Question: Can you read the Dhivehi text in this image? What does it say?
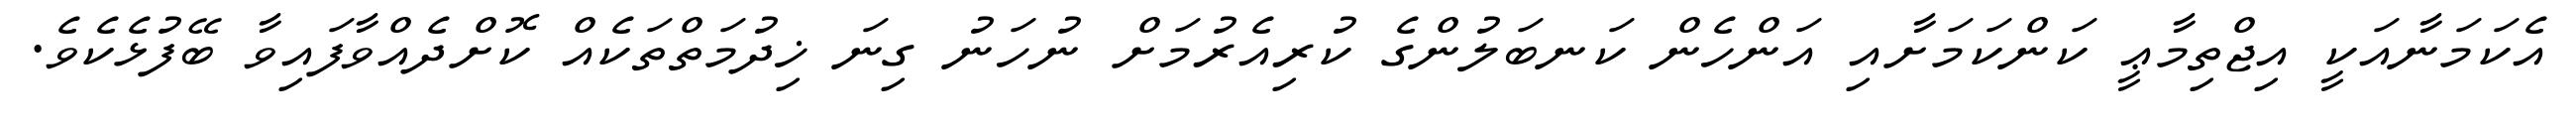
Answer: އެކަމަނާއަކީ އިޖްތިމާޢީ ކަންކަމަށާއި އަންހެން ކަނބަލުންގެ ކުރިއެރުމަށް ނުހަނު ގިނަ ޚިދުމަތްތަކެއް ކޮށްދެއްވާފައިވާ ބޭފުޅެކެވެ.